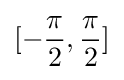
[-{\frac {\pi }{2}},{\frac {\pi }{2}}]